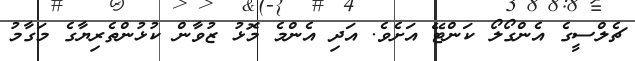
ޗެލްސީގެ އެންގޯލޯ ކަންޓޭ އަށެވެ. އަދި އެންމެ މޮޅު ޒުވާން ކުޅުންތެރިޔާގެ މަގާމު